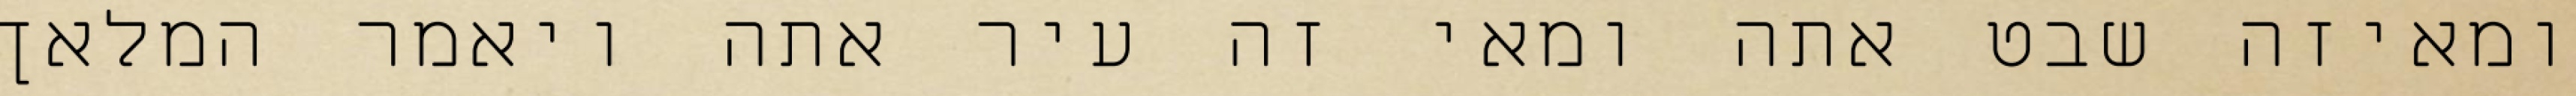
ומאיזה שבט אתה ומאי זה עיר אתה ויאמר המלאך